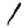
Digit: 1